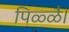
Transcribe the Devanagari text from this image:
पिळ्ळै।